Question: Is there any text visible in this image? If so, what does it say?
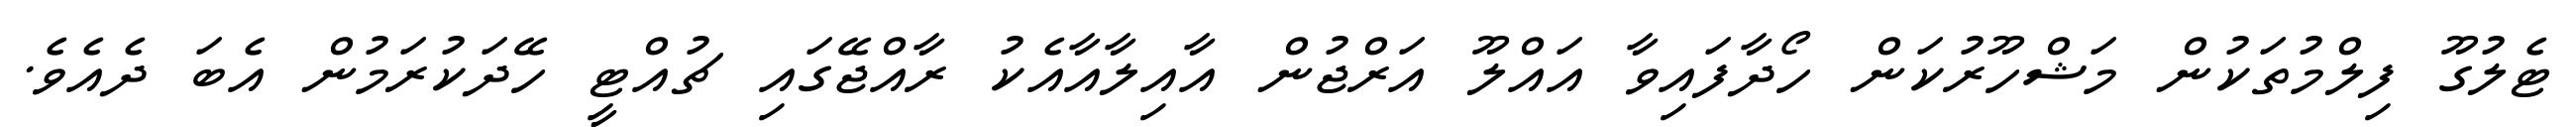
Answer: ޓެލުގޫ ފިލްމުތަކުން މަޝްހޫރުކަން ހޯދާފައިވާ އައްލޫ އަރްޖުން އާއިލާއާއެކު ރާއްޖޭގައި ޗުއްޓީ ހޭދަކުރަމުން އެބަ ދެއެވެ.